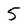
Character: 5